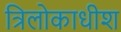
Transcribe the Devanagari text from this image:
त्रिलोकाधीश